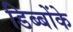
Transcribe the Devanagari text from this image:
डिब्बोंके